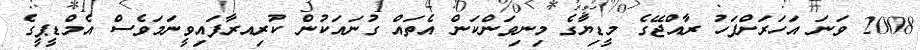
2008 ވަނަ އަހަރަށްފަހު ރާއްޖޭގެ މީޑިޔާގެ މިނިވަންކަން އެތައް ގުނައަކުން ކުރިއރާފައިވީނަމަވެސް އެމްޑީޕީގެ